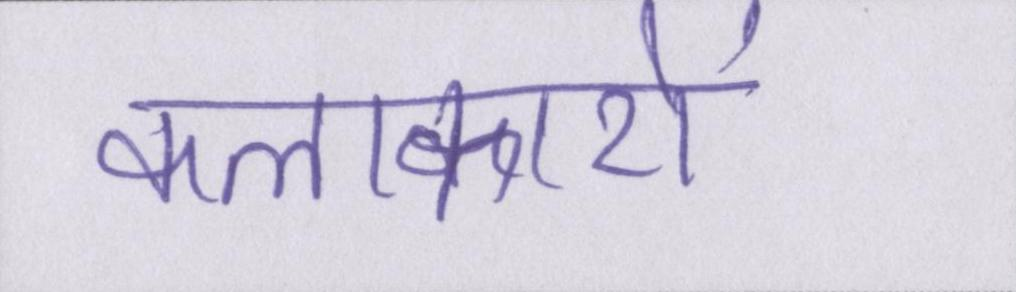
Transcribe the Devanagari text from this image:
कलाकारों